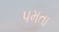
પમતા